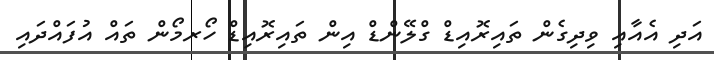
އަދި އެއާއި ވިދިގެން ތައިރޮއިޑް ގްލޭންޑް އިން ތައިރޮއިޑް ހޯރމޯން ތައް އުފައްދައި